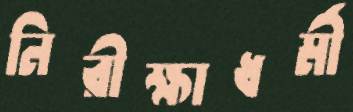
নিরীক্ষাধর্মী